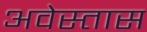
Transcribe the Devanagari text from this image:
अवेस्तास